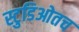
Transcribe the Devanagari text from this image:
स्टुडिओतच